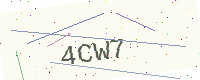
Text: 4CW7